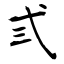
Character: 弎